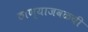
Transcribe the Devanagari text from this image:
ठाण्याजवळची